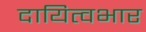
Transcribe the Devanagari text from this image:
दायित्वभार